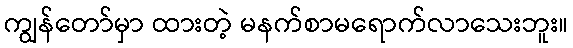
ကျွန်တော်မှာ ထားတဲ့ မနက်စာမရောက်လာသေးဘူး။